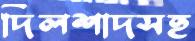
দিলশাদসহ